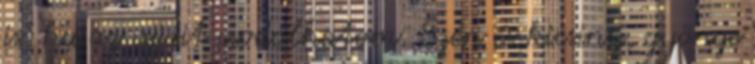
is, ha az ujjait csodálhatom. Szép és kicsiny, gyönge